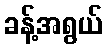
ခန့်အရွယ်